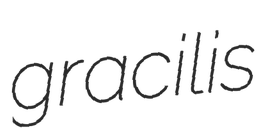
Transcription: gracilis